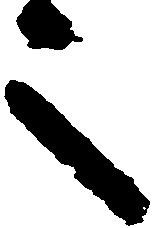
之